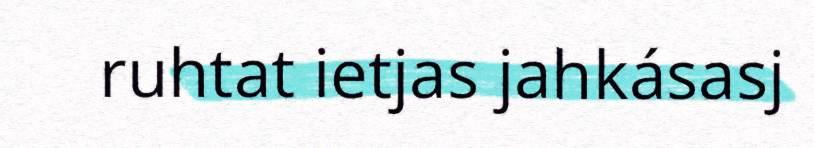
ruhtat ietjas jahkásasj